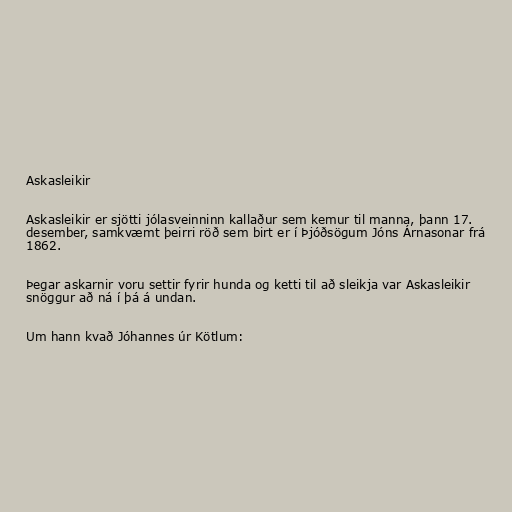
Askasleikir

Askasleikir er sjötti jólasveinninn kallaður sem kemur til manna, þann 17.
desember, samkvæmt þeirri röð sem birt er í Þjóðsögum Jóns Árnasonar frá
1862.

Þegar askarnir voru settir fyrir hunda og ketti til að sleikja var Askasleikir
snöggur að ná í þá á undan.

Um hann kvað Jóhannes úr Kötlum: